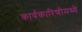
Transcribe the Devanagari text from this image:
कार्यकारिणीमध्ये